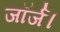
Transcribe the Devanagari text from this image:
जॉर्ज।